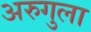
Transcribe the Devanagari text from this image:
अरुगुला